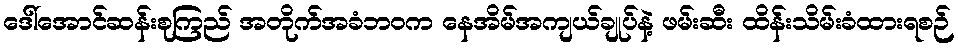
ဒေါ်အောင်ဆန်းစုကြည် အတိုက်အခံဘဝက နေအိမ်အကျယ်ချုပ်နဲ့ ဖမ်းဆီး ထိန်းသိမ်းခံထားရစဉ်